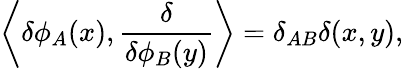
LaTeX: \left\langle\delta\phi_{A}(x),{\frac{\delta}{\delta\phi_{B}(y)}}\right\rangle=\delta_{AB}\delta(x,y),